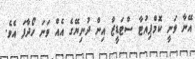
އޭނާ ވަނީ ކޮމްޕިއުޓާ ސްޓަޑީޒް އިން ދުނިޔޭގެ އެއް ވަނަ ހޯދާފަ އެވެ.